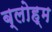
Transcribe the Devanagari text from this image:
ब्लोह्म